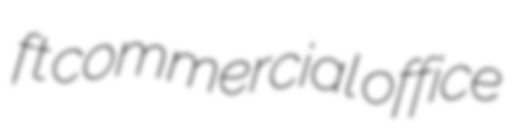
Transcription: ft commercial office